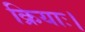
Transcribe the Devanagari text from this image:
क्रियाः।